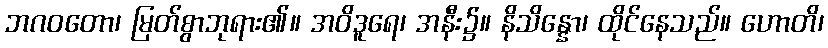
ဘဂဝတော၊ မြတ်စွာဘုရား၏။ အဝိဒူရေ၊ အနီး၌။ နိသိန္နော၊ ထိုင်နေသည်။ ဟောတိ၊